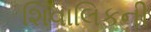
શિવાલિકની